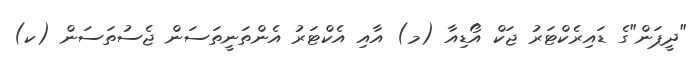
"ދީޕަން"ގެ ޑައިރެކްޓަރު ޖަކް އޯޑިއާ (މ) އާއި އެކްޓަރު އެންތަނީތަސަން ޖެސުތަސަން (ކ)